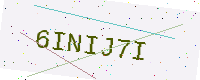
Text: 6INIJ7I